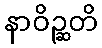
နာဝိဉ္ဆတိ